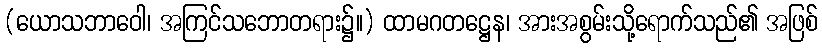
(ယောသဘာဝေါ၊ အကြင်သဘောတရား၌။) ထာမဂတဋ္ဌေန၊ အားအစွမ်းသို့ရောက်သည်၏ အဖြစ်